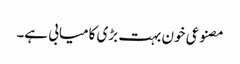
مصنوعی خون بہت بڑی کامیابی ہے۔